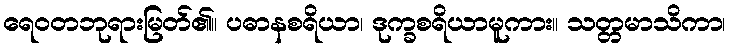
ရေဝတဘုရားမြတ်၏။ ပဓာနစရိယာ၊ ဒုက္ခစရိယာမူကား။ သတ္တမာသိကာ၊